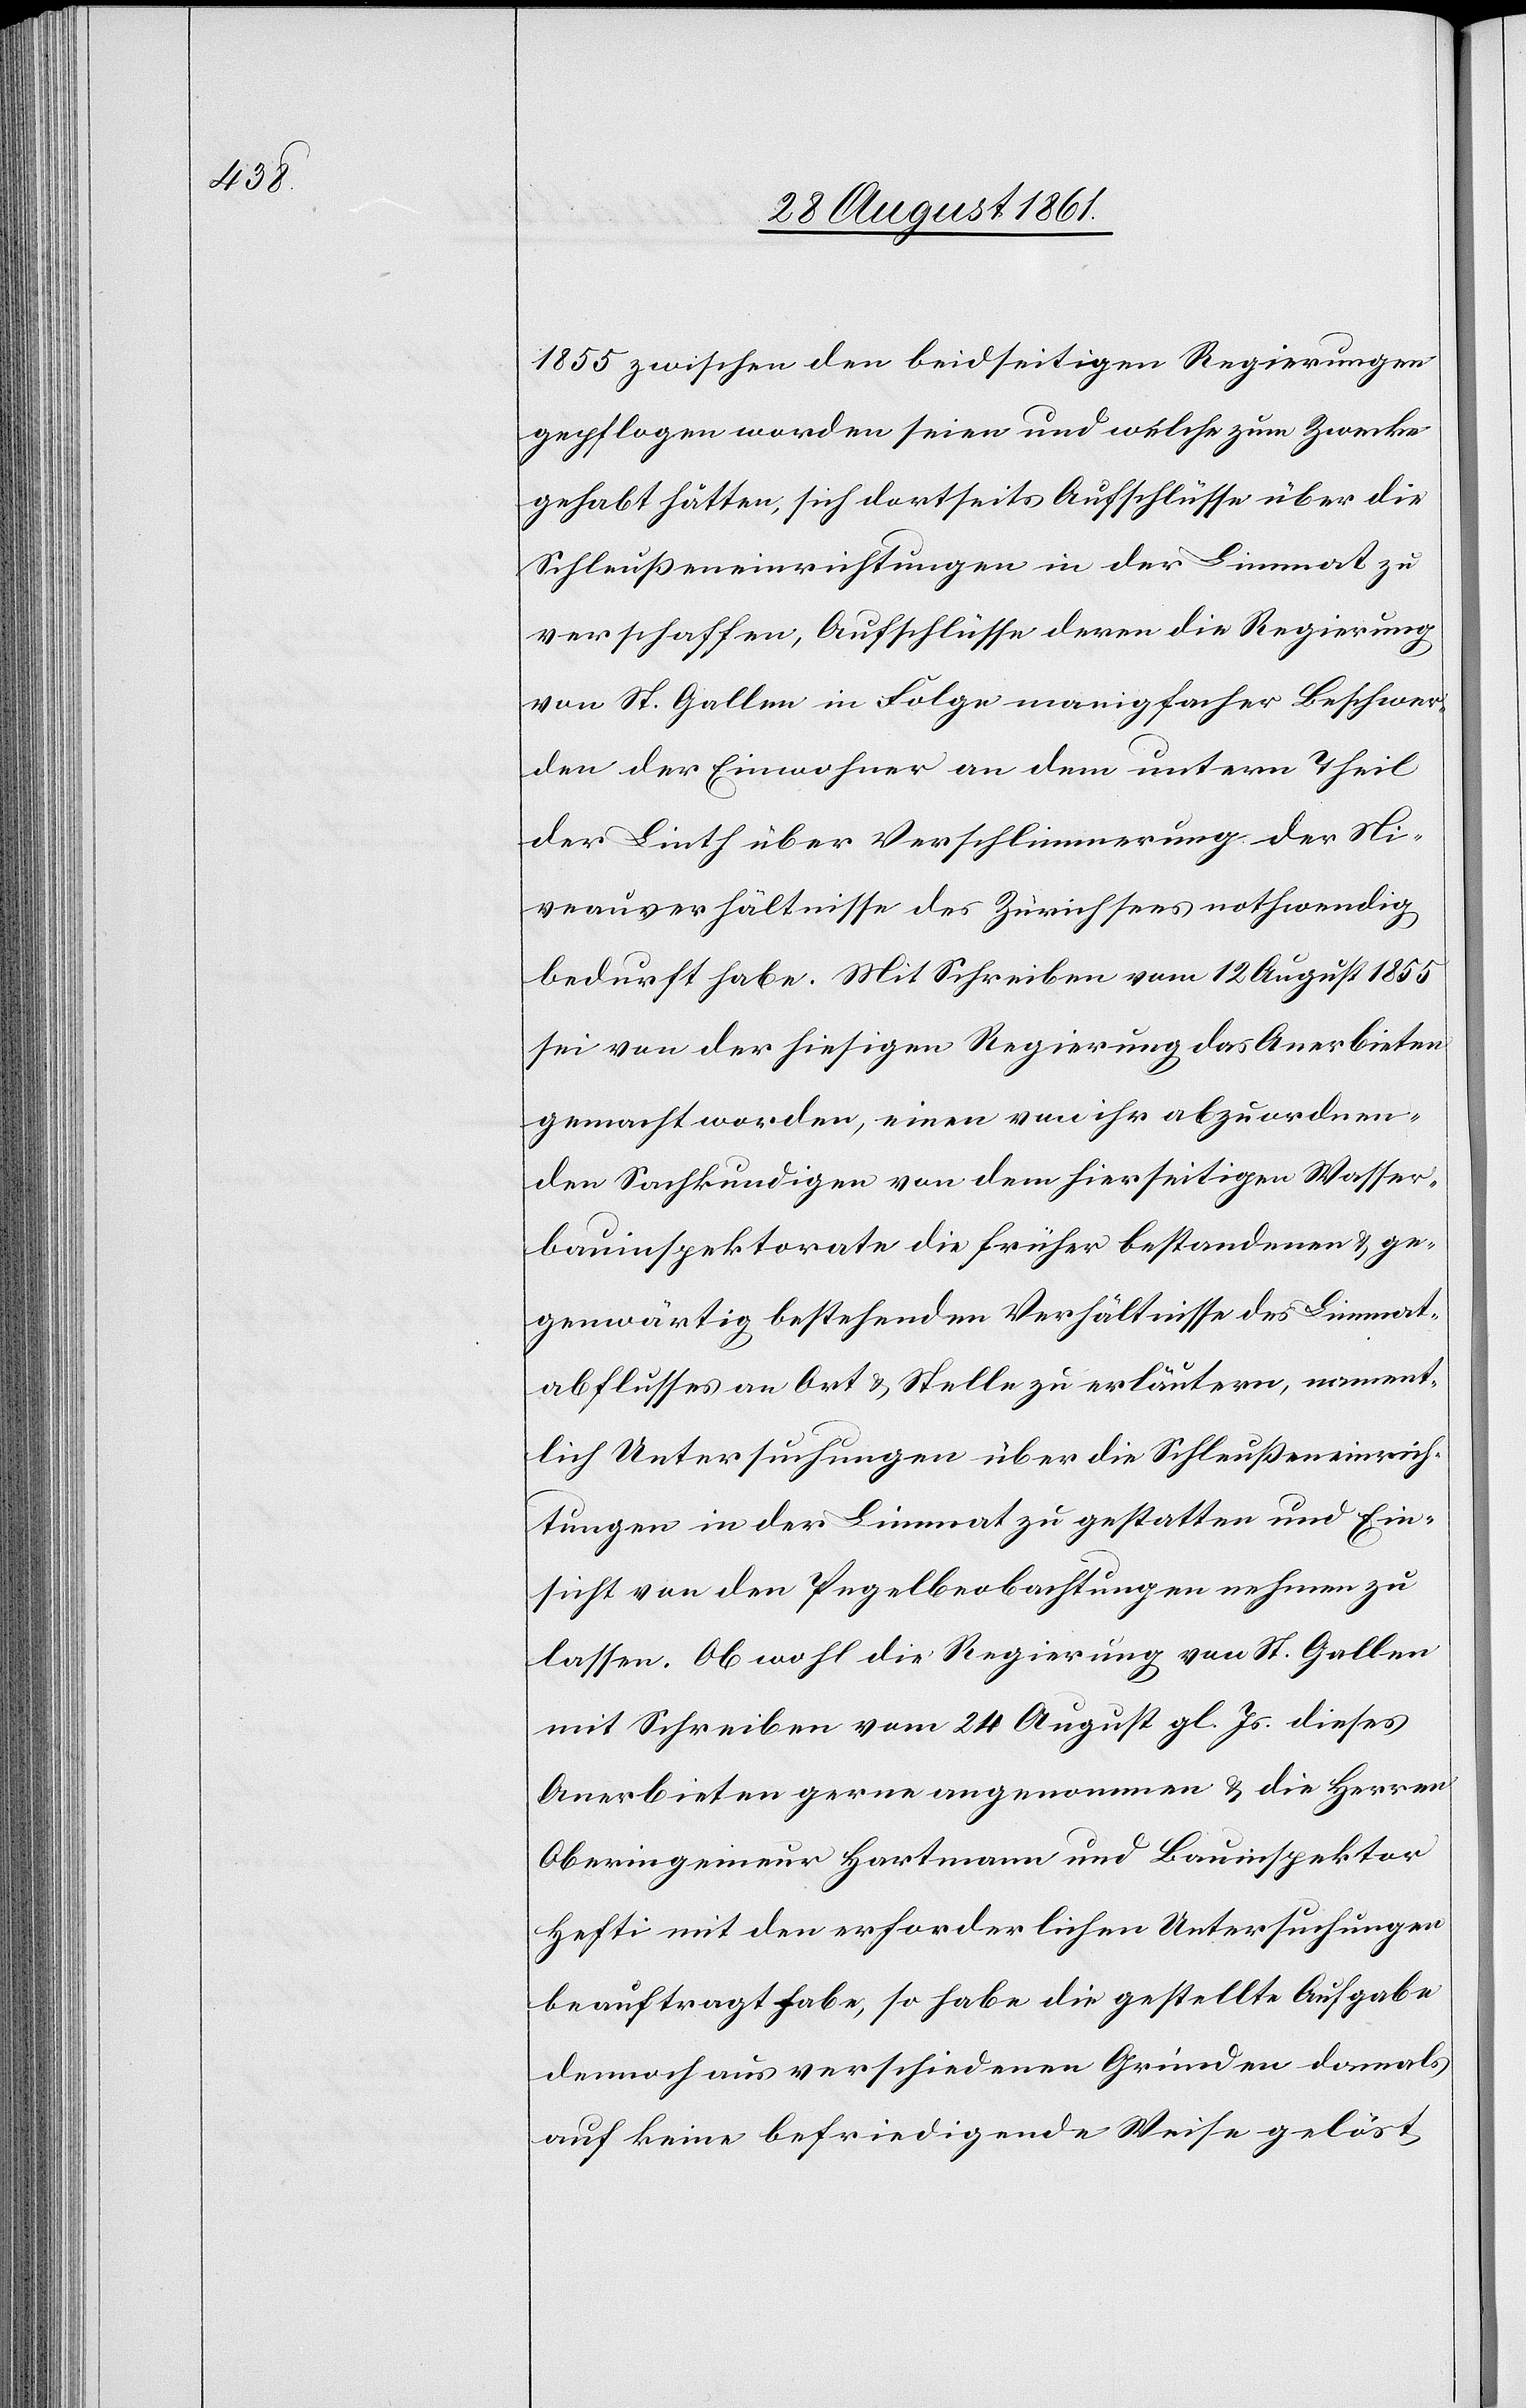
1855 zwischen den beidseitigen Regierungen
gepflogen worden seien und welche zum Zwecke
gehabt hätten, sich dortseits Aufschlüsse über die
Schleußeneinrichtungen in der Limmat zu
verschaffen, Aufschlüsse deren die Regierung
von St. Gallen in Folge manigfacher Beschwer¬
den der Einwohner an dem untern Theil
der Linth über Verschlimmerung der Ni¬
veauverhältnisse des Zürichsees nothwendig
bedurft habe. Mit Schreiben vom 12 August 1855
sei von der hiesigen Regierung das Anerbieten
gemacht worden, einem von ihr abzuordnen¬
den Sachkundigen von dem hierseitigen Wasser¬
bauinspektorate die früher bestandenen u. ge¬
genwärtig bestehenden Verhältnisse des Limmat¬
abflusses an Ort u. Stelle zu erläutern, nament¬
lich Untersuchungen über die Schleußeneinrich¬
tungen in der Limmat zu gestatten und Ein¬
sicht von den Pegelbeobachtungen nehmen zu
lassen. Obwohl die Regierung von St. Gallen
mit Schreiben vom 24 August gl. Js. dieses
Anerbieten gerne angenommen u. die Herren
Oberingenieur Hartmann und Bauinspektor
Hefti mit den erforderlichen Untersuchungen
beauftragt habe, so habe die gestellte Aufgabe
dennoch aus verschiedenen Gründen damals
auf keine befriedigende Weise gelöst